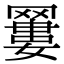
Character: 𦌑